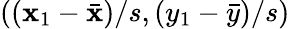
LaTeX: ((\mathbf{x}_{1}-{\bar{{\mathbf{x}}}})/s,(y_{1}-{\bar{{y}}})/s)